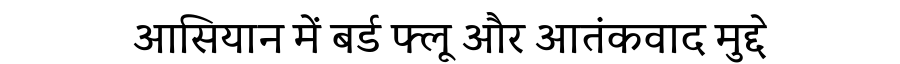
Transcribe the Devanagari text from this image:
आसियान में बर्ड फ्लू और आतंकवाद मुद्दे